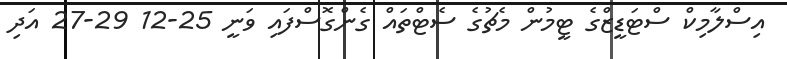
އިސްލާމިކް ސްޓަޑީޒްގެ ޓީމުން މެޗުގެ ސެޓްތައް ގެންގޮސްފައި ވަނީ 25-12 29-27 އަދި